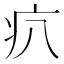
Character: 𤴭